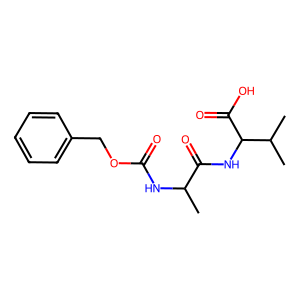
SMILES: CC(NC(=O)OCc1ccccc1)C(=O)NC(C(=O)O)C(C)C
Inhibits HIV replication: No